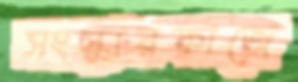
সংস্কারকাজে